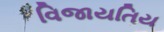
વિજાયતિય